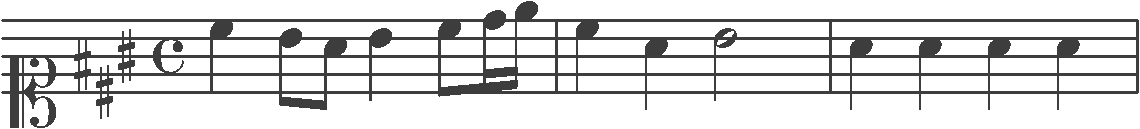
Transcription: clef-C1 keySignature-AM timeSignature-C note-C#5_quarter note-B4_eighth note-A4_eighth note-B4_quarter note-C#5_eighth note-D5_sixteenth note-E5_sixteenth barline note-C#5_quarter note-A4_quarter note-B4_half barline note-A4_quarter note-A4_quarter note-A4_quarter note-A4_quarter barline